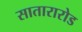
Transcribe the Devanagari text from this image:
सातारारोड